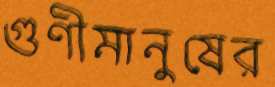
গুণীমানুষের